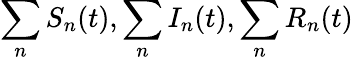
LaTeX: \sum_{n}S_{n}(t),\sum_{n}I_{n}(t),\sum_{n}R_{n}(t)